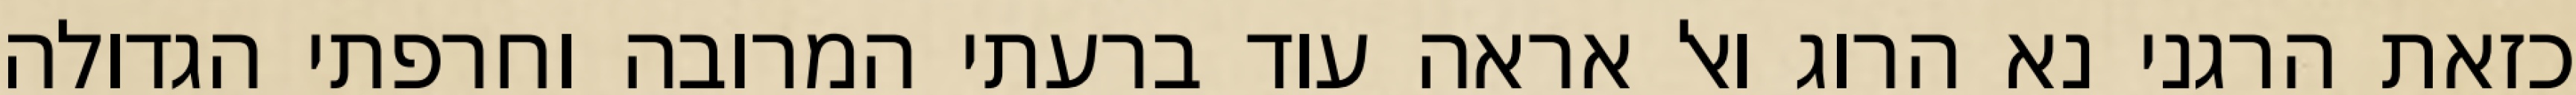
כזאת הרגני נא הרוג ואל אראה עוד ברעתי המרובה וחרפתי הגדולה